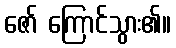
ဇော် ကြောင်သွား၏။